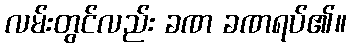
လမ်းတွင်လည်း ခဏ ခဏရပ်၏။